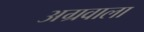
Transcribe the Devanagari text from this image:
अग्रवाला